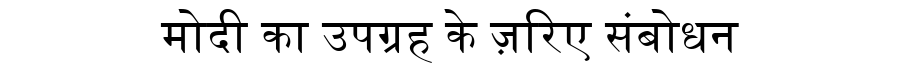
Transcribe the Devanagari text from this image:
मोदी का उपग्रह के ज़रिए संबोधन